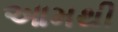
આમથી